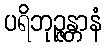
ပရိဘုဉ္ဇန္တာနံ